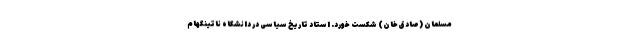
مسلمان (صادق خان) شکست خورد. استاد تاریخ سیاسی در دانشگاه ناتینگهام